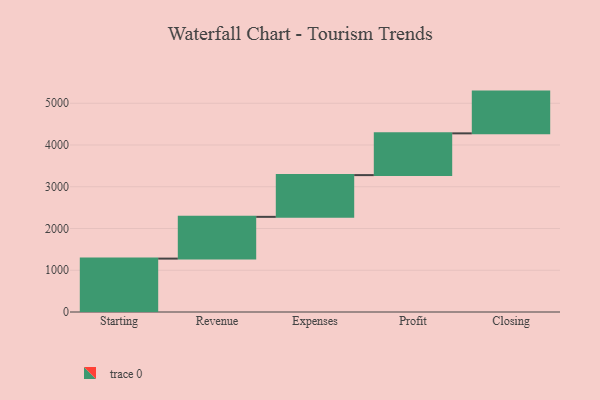
{"axis": {"x": "Step", "y": "Value"}, "legend": [""], "data": [{"x": "Starting", "y": 1279.0, "type": ""}, {"x": "Revenue", "y": 1000, "type": ""}, {"x": "Expenses", "y": 1000, "type": ""}, {"x": "Profit", "y": 1000, "type": ""}, {"x": "Closing", "y": 1000, "type": ""}]}